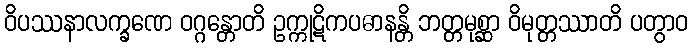
ဝိပဿနာလက္ခဏေ ဝဂ္ဂန္တောတိ ဥက္ကုဋိကပဓာနန္တိ ဘတ္တမုစ္ဆာ ဝိမုတ္တဿာတိ ပတွာဝ